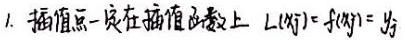
1. 插值点一定在插值函数上 \(L_i(x_j)=f(x_j)=y_j\)